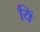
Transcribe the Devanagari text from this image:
यिं